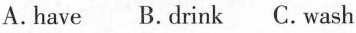
A.have B.drink C.wash